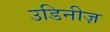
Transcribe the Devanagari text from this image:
उडिनीज़